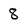
Character: 8